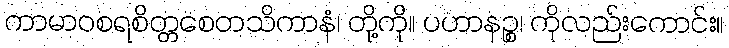
ကာမာဝစရစိတ္တစေတသိကာနံ၊ တို့ကို။ ပဟာနဉ္စ၊ ကိုလည်းကောင်း။